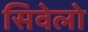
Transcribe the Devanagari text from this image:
सिवेलो